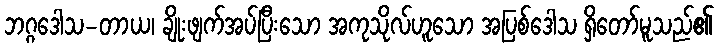
ဘဂ္ဂဒေါသ-တာယ၊ ချိုးဖျက်အပ်ပြီးသော အကုသိုလ်ဟူသော အပြစ်ဒေါသ ရှိတော်မူသည်၏